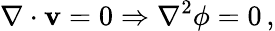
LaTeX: \nabla\cdot\mathbf{v}=0\Rightarrow\nabla^{2}\phi=0\, ,